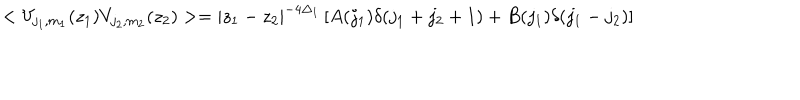
LaTeX: < V _ { j _ { 1 } , m _ { 1 } } ( z _ { 1 } ) V _ { j _ { 2 } , m _ { 2 } } ( z _ { 2 } ) > = | z _ { 1 } - z _ { 2 } | ^ { - 4 \Delta _ { 1 } } \left[ A ( j _ { 1 } ) \delta ( j _ { 1 } + j _ { 2 } + 1 ) + B ( j _ { 1 } ) \delta ( j _ { 1 } - j _ { 2 } ) \right]